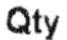
QTY